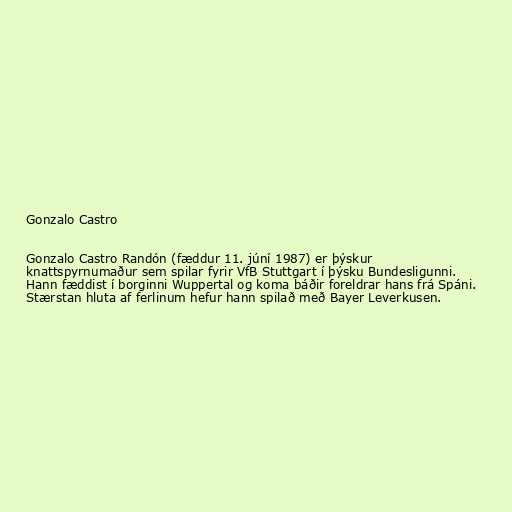
Gonzalo Castro

Gonzalo Castro Randón (fæddur 11. júní 1987) er þýskur
knattspyrnumaður sem spilar fyrir VfB Stuttgart í þýsku Bundesligunni.
Hann fæddist í borginni Wuppertal og koma báðir foreldrar hans frá Spáni.
Stærstan hluta af ferlinum hefur hann spilað með Bayer Leverkusen.